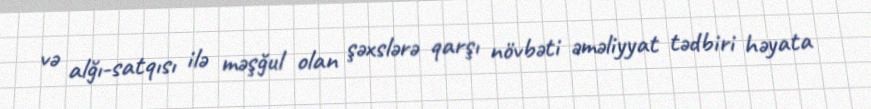
və alğı-satqısı ilə məşğul olan şəxslərə qarşı növbəti əməliyyat tədbiri həyata